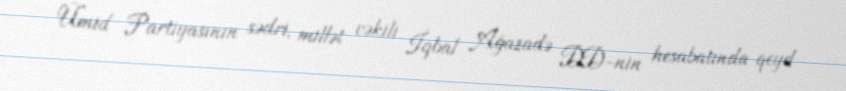
Ümid Partiyasının sədri, millət vəkili İqbal Ağazadə DD-nin hesabatında qeyd